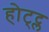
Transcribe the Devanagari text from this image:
होट्ट्ल